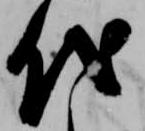
代